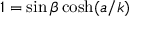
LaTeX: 1 = \sin \beta \cosh ( a / k )